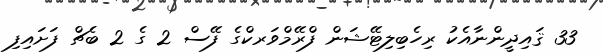
33 ޤައިދީންނާއެކު ރިހެބިލިޓޭޝަން ފްރޭމްވަރކްގެ ފޭސް 2 ގެ 2 ބެޗް ފަށައިފި